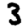
Digit: 3